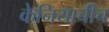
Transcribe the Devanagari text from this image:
केनियाचीच